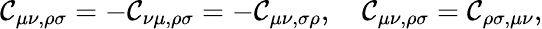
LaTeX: \mathcal{C}_{\mu\nu,\rho\sigma}=-\mathcal{C}_{\nu\mu,\rho\sigma}=-\mathcal{C}_{\mu\nu,\sigma\rho},\quad\mathcal{C}_{\mu\nu,\rho\sigma}=\mathcal{C}_{\rho\sigma,\mu\nu},